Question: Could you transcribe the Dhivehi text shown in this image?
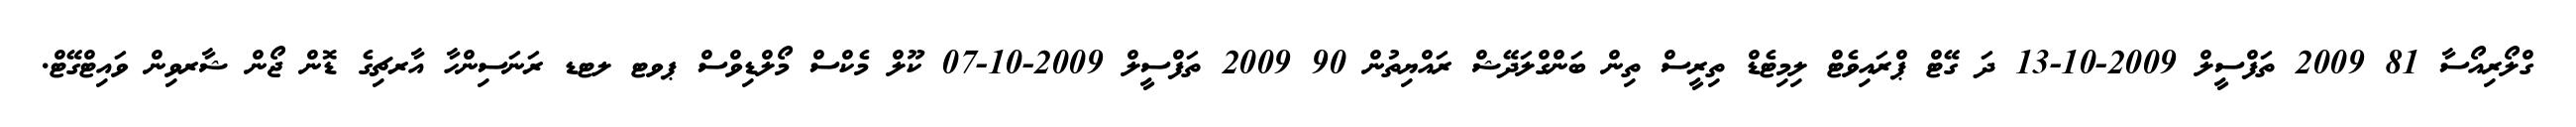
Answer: ގްލޯރިއޯސާ 81 2009 ތަފްސީލް 2009-10-13 ދަ ގޭޓް ޕްރައިވެޓް ލިމިޓެޑް ތިރީސް ތިން ބަންގްލަދޭޝް ރައްޔިތުން 90 2009 ތަފްސީލް 2009-10-07 ކޫލް މެކްސް މޯލްޑިވްސް ޕވޓ ލޓޑ ރަނަސިންހާ އާރޗިގެ ޑޮން ޖޯން ޝާރވިން ވައިޓްގޭޓް.